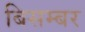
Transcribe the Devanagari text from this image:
बिसम्बर